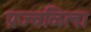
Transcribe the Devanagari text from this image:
प्रज्वळिला